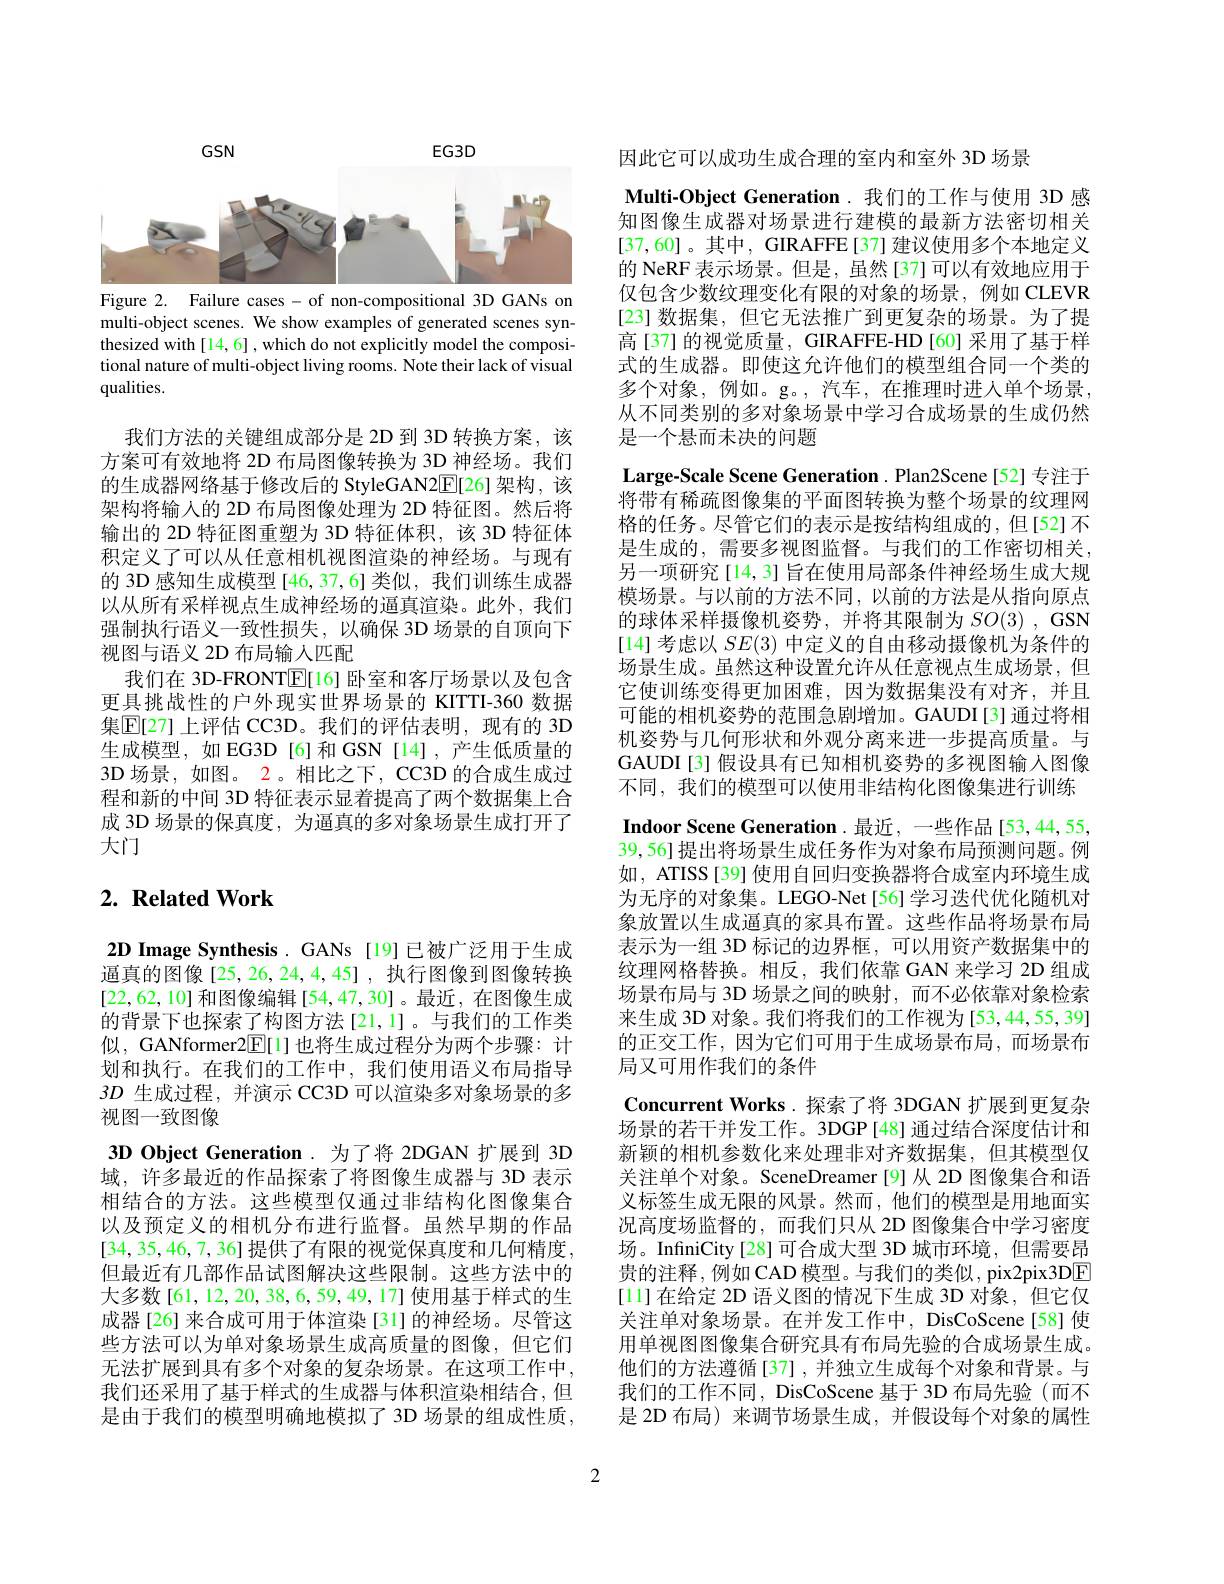
$GSN$

$EG3D$

<FigureHere>
Figure 2. Failure cases - of non-compositional 3D GANs on

multi-object scenes. We show examples of generated scenes synthesized with[14,6] ,which do not explicitly model the compositional nature of multi-object living rooms. Note their lack of visual qualities.

我们方法的关键组成部分是 2D 到 3D 转换方案，该方案可有效地将 2D 布局图像转换为 3D 神经场。我们的生成器网络基于修改后的 StyleGAN2[E] 架构，该架构将输入的 2D 布局图像处理为 2D 特征图。然后将输出的 2D 特征图重塑为 3D 特征体积，该 3D 特征体积定义了可以从任意相机视图渲染的神经场。与现有的 3D 感知生成模型 [46, 37,6] 类似，我们训练生成器以从所有采样视点生成神经场的逼真渲染。此外，我们强制执行语义一致性损失，以确保 3D 场景的自顶向下视图与语义 2D 布局输入匹配
我们在 3D-FRONT$\underline{\mathbb{E}}[16]$卧室和客厅场景以及包含更具挑战性的户外现实世界场景的 KITTI-360 数据集$\mathbb{E}[27]$ 上评估 CC3D。我们的评估表明，现有的 3D 生成模型，如EG3D[6]和GSN[14],产生低质量的3D 场景，如图。2。相比之下，CC3D 的合成生成过程和新的中间 3D 特征表示显着提高了两个数据集上合成 3D 场景的保真度，为通真的多对象场景生成打开了大门

# $2. \textbf{ Related Work}$

2D Image Synthesis. GANs [19]已被广泛用于生成逼真的图像[25,26,24,4,45],执行图像到图像转换[22,62,10]和图像编辑 [54,47,30]。最近，在图像生成的背景下也探索了构图方法[21,1]。与我们的工作类似，GANformer2$\underline{\mathrm{E}}[$l]也将生成过程分为两个步骤：计划和执行。在我们的工作中，我们使用语义布局指导3$D$生成过程，并演示 CC3D 可以渲染多对象场景的多视图一致图像
3D Object Generation. 为了将 2DGAN 扩展到 3D 域，许多最近的作品探索了将图像生成器与 3D 表示相结合的方法。这些模型仅通过非结构化图像集合以及预定义的相机分布进行监督。虽然早期的作品[34,35,46,7,36] 提供了有限的视觉保真度和几何精度， 但最近有几部作品试图解决这些限制。这些方法中的大多数[61,12,20,38,6,59,49,17]使用基于样式的生成器[26]来合成可用于体渲染[31]的神经场。尽管这些方法可以为单对象场景生成高质量的图像，但它们无法扩展到具有多个对象的复杂场景。在这项工作中， 我们还采用了基于样式的生成器与体积渲染相结合，但是由于我们的模型明确地模拟了 3D 场景的组成性质，

因此它可以成功生成合理的室内和室外 3D 场景
Multi-Object Generation. 我们的工作与使用 3D 感知图像生成器对场景进行建模的最新方法密切相关[37,60]。其中，GIRAFFE[37] 建议使用多个本地定义的 NeRF 表示场景。但是，虽然[37]可以有效地应用于仅包含少数纹理变化有限的对象的场景，例如 CLEVR [23] 数据集，但它无法推广到更复杂的场景。为了提高[37]的视觉质量，GIRAFFE-HD[60] 采用了基于样式的生成器。即使这允许他们的模型组合同一个类的多个对象，例如。g。,汽车，在推理时进入单个场景， 从不同类别的多对象场景中学习合成场景的生成仍然是一个悬而未决的问题
Large-Scale Scene Generation. Plan2Scene[52] 专注于将带有稀疏图像集的平面图转换为整个场景的纹理网格的任务。尽管它们的表示是按结构组成的，但[52]不是生成的，需要多视图监督。与我们的工作密切相关， 另一项研究[14,3] 旨在使用局部条件神经场生成大规模场景。与以前的方法不同，以前的方法是从指向原点的球体采样摄像机姿势，并将其限制为$SO(3)$, GSN [14] 考虑以$SE(3)$中定义的自由移动摄像机为条件的场景生成。虽然这种设置允许从任意视点生成场景，但它使训练变得更加困难，因为数据集没有对齐，并且可能的相机姿势的范围急剧增加。GAUDI[3]通过将相机姿势与几何形状和外观分离来进一步提高质量。与GAUDI[3]假设具有已知相机姿势的多视图输人图像不同，我们的模型可以使用非结构化图像集进行训练Indoor Scene Generation.最近，一些作品[53,44,55, 39,56]提出将场景生成任务作为对象布局预测问题。例如，ATISS[39] 使用自回归变换器将合成室内环境生成为无序的对象集。LEGO-Net[56]学习迭代优化随机对象放置以生成逼真的家具布置。这些作品将场景布局表示为一组 3D 标记的边界框，可以用资产数据集中的纹理网格替换。相反，我们依靠 GAN 来学习 2D 组成场景布局与 3D 场景之间的映射，而不必依靠对象检索来生成 3D 对象。我们将我们的工作视为[53,44,55,39] 的正交工作，因为它们可用于生成场景布局，而场景布局又可用作我们的条件
Concurrent Works. 探索了将 3DGAN 扩展到更复杂场景的若干并发工作。3DGP[48] 通过结合深度估计和新颖的相机参数化来处理非对齐数据集，但其模型仅关注单个对象。SceneDreamer[9]从 2D 图像集合和语义标签生成无限的风景。然而，他们的模型是用地面实况高度场监督的，而我们只从 2D 图像集合中学习密度场。InfiniCity[28]可合成大型 3D 城市环境，但需要昂贵的注释，例如 CAD 模型。与我们的类似，pix2pix3DE [11]在给定 2D 语义图的情况下生成 3D 对象，但它仅关注单对象场景。在并发工作中，DisCoScene[58]使用单视图图像集合研究具有布局先验的合成场景生成。他们的方法遵循[37] ,并独立生成每个对象和背景。与我们的工作不同，DisCoScene 基于 3D 布局先验(而不是 2D 布局) 来调节场景生成，并假设每个对象的属性

2